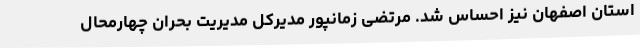
استان اصفهان نیز احساس شد. مرتضی زمانپور مدیرکل مدیریت بحران چهارمحال